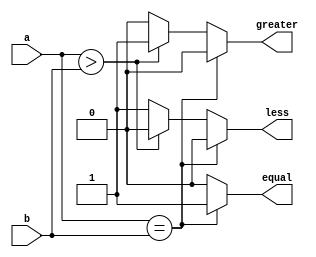
module compare1(input a,
input b,
output reg equal,
output reg less,
output reg greater
);
always @(*) begin
    if(a==b) begin
        less=0;
        greater=0;
        equal=1;
    end
    else if(a>b) begin
        less=0;
        greater=1;
        equal=0;
    end
    else begin
        less=1;
        greater=0;
        equal=0;
    end
end
endmodule

module compare8(a,b,less,greater,equal);
input [7:0] a;
input [7:0] b;
output reg less;
output reg greater;
output reg equal;
always @(*) begin
    if(a==b) begin
        less=0;
        greater=0;
        equal=1;
    end
    else if(a>b) begin
        less=0;
        greater=1;
        equal=0;
    end
    else begin
        less=1;
        greater=0;
        equal=0;
    end
end
endmodule
module top_module;
reg [7:0] a;
reg [7:0] b;
wire less,equal,greater;
compare8 inst(.a(a),.b(b),.less(less),.greater(greater),.equal(equal));
initial begin
    $display($time,"\t\ta\t\tb\tless\tgreater\tequal");
   a=8'b00000001;  b=8'b00000000;  
#1 a=8'b00000110;  b=8'b00010001;  
#1 a=8'b00000011;  b=8'b00000110;  
#1 a=8'b00100001;  b=8'b00011111;  
#1 a=8'b01000011;  b=8'b00111111;  
#1 a=8'b01010101;  b=8'b01010101;  
#1 a=8'b00011111;  b=8'b00011111;  
#1 a=8'b00010001;  b=8'b00010001;  
#1 a=8'b00000111;  b=8'b01111111;  
#1 a=8'b11111111;  b=8'b11111110;  
  
end
initial $monitor($time,"\t%b\t%b\t%b\t%b\t%b",a,b,less,greater,equal);
endmodule